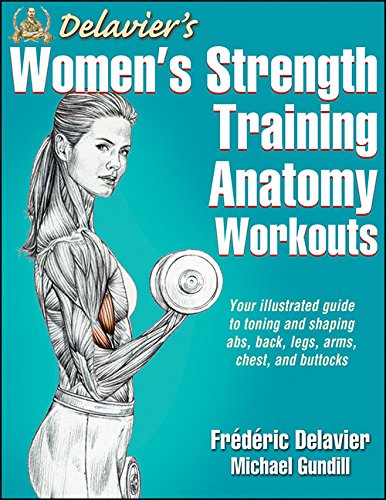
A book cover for Delavier's Women's Strength Training Anatomy Workouts; Frederic Delavier; Health, Fitness & Dieting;